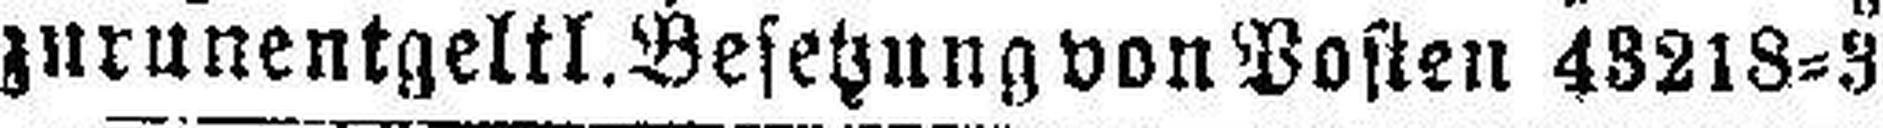
zurunentgeltl. Besetzung von Posten 43218=3